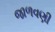
જાળવણી